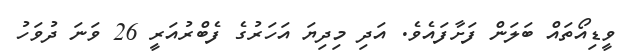
ވީޑިއޯތައް ބަލަން ފަށާފައެވެ. އަދި މިދިޔަ އަހަރުގެ ފެބްރުއަރީ 26 ވަނަ ދުވަހު